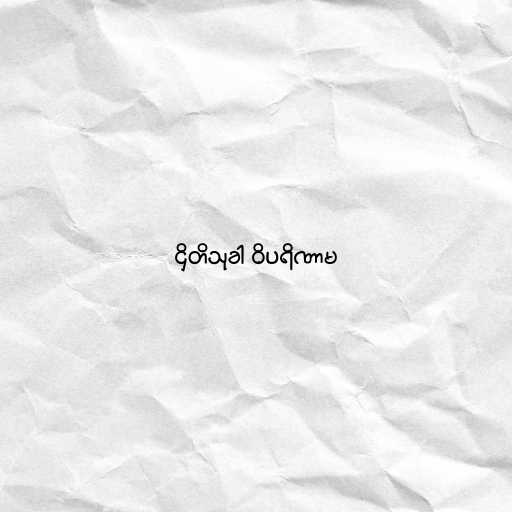
ဌိတိသုခါ ဝိပရိဏာမ